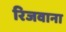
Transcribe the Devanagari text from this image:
रिजवाना